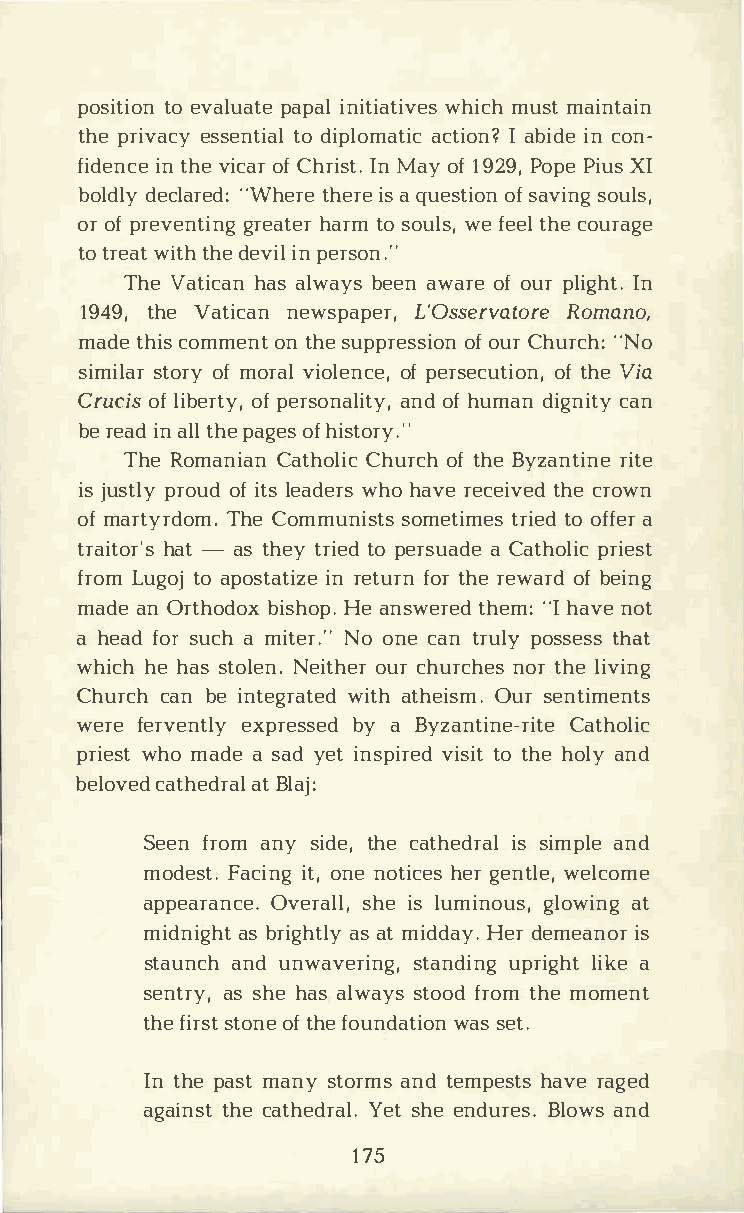
posittoei voanl puaaptiaenl i tiwahtiimcvuhes msta intain
 thper iveascsye nttodi iapll oamcattiiIoac nb ?ii dnce o n­
 fideinntc heve i coafCr h riIsnMt a.yo f1 92P9o,pP ei uXsI
 boldly     decltahreeirdaseq: u e"sWothfsie aorvneis nogu ls,
 oro fp revegnrteianhtgae rtrmos ouwlesf ,e elc otuhrea ge
 tot rewaittt hhd ee viinpl e rson."
 TheV atihcaaasnl wabyesea nw aorfeo uprl igIhnt .
 194t9h,eV atinceawns paLp'eOrs,se rvRaotmoarneo ,
 madteh ciosm meonntt h seu ppreosfos uiCroh nu r"cNho:
 simisltaoorrf my o rvailo leonfpc eer,s ecouftt hiVeoi na,
 Crucoifls i beorfpt eyr,s onaanlodifh t uym,ad ni gnciatny
 ber eaidna ltlhp ea goefhs i story.··
 TheR omanCiaatnh Cohluircoc fth h Bey zanrtiitnee
 isj usptrloyou fid t lse adwehrohs a vree cetihvceer do wn
 ofm artyrTdhoCem o.m munsiosmtest tirmietesood f fae r
 traihtao-tr a'sst hetyr iteopd e rsuaCa adteh porliiecs t
 froLmu gtooaj p ostianrt eitzufero tnrh ree waorfbd e ing
 madaenO rthobdiosxhH oeap n.s wetrheed"m Ih: a vneo t
 ah eafdo sru chm iat eNro.o "n cea tnr uploys stehsast
 whihcehh asst olNeeni.to huecrrh urcnhoetrsh l ei ving
 Churccahbn e i ntegwriattahet dh eiOsumrs. e ntiments
 werfee rveenxtplrye bsysa e Bdy zantiCnaet-hroiltiec
 priwehsotm adaes ayde itn spviirsetidott h heo layn d
 belocvaetdh eadtBr laalj :
 Seefnr oamn ys idteh,ce a theidssr iamlpa lned
 modeFsatc.ii ntog,n neo tihceegrse ntle, welcome
 appearances.h     ieOs lv uemrianlgollu,os w,ai tn g
 midniagsbh rti gahsat tml iyd dHaeydr.e meainso r
 stauanncduh n wavesrtianngd,ui pnrgil gihkate
 sentarssy h,he a asl wasytsof ordo tmh meo ment
 thfei srtsoton fte h feo undwaatssie otn.
 Int hpea smta nsyt oramnstd e mpehsatvrsea ged
 agaitnhsceta theYderstah lee.n durBelsoa.w nsd
 175